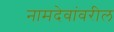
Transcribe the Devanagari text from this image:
नामदेवांवरील